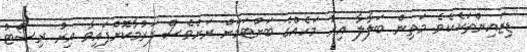
ޑިޒައިންތަކެކެވެ. މަތިން ބަލާލާ އިރު މަހެއްގެ ބަށްޓަމަށް ރަށްވެސް ފަރުމާކޮށްފައިވާ އިރު ރިސޯޓު